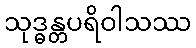
သုဒ္ဓန္တပရိဝါသဿ